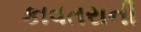
કાવતરાની